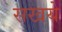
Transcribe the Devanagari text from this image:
सखये